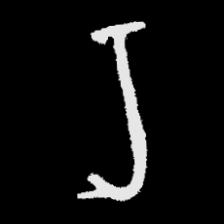
Pyu character \u2014 Myanmar letter: ရ (romanized: ra)